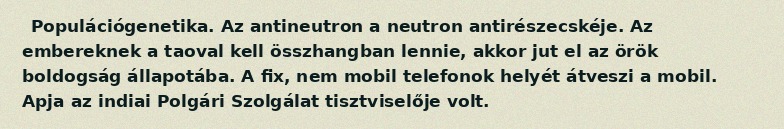
Populációgenetika. Az antineutron a neutron antirészecskéje. Az embereknek a taoval kell összhangban lennie, akkor jut el az örök boldogság állapotába. A fix, nem mobil telefonok helyét átveszi a mobil. Apja az indiai Polgári Szolgálat tisztviselője volt.